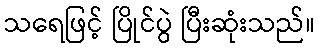
သရေဖြင့် ပြိုင်ပွဲ ပြီးဆုံးသည်။